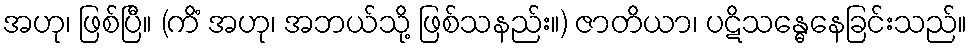
အဟု၊ ဖြစ်ပြီ။ (ကိံ အဟု၊ အဘယ်သို့ ဖြစ်သနည်း။) ဇာတိယာ၊ ပဋိသန္ဓေနေခြင်းသည်။